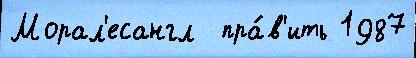
Морал'есангл  пра́в'ить 1987